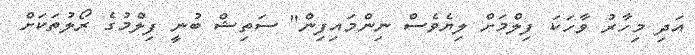
އަދި މިހާރު ވާހަކަ ފިލްމަށް ލިޔެވެސް ނިންމައިފިން" ސަތިޝް ބުނީ ފިލްމުގެ ރޯލުތަކަށް